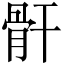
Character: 骭